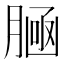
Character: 𰯀